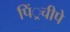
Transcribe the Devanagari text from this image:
पिं्रचीपे